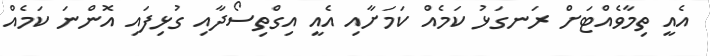
އެއީ ތިމާވެއްޓަށް ރަނގަޅު ކަމެއް ކަމަށާއި އެއީ އިގްތިސޯދާއި ގުޅިފައި އޮންނަ ކަމެއް